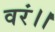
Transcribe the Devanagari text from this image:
वरं।।